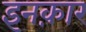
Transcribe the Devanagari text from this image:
इनक़ार